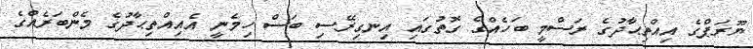
ޔޫރަޕްގެ އިއްތިޙާދުގެ ރަސްމީ ބަހެއްގެ ގޮތުގައި އިނގިރޭސި ބަސް ހިމެނީ އެއިއްތިޙާދުގެ މެންބަރެއްގެ